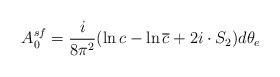
LaTeX: \begin{align*}A_0^{sf} = \frac{i}{8\pi^2} (\ln c - \ln \overline{c} + 2i \cdot S_2) d \theta_e\end{align*}